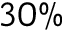
3 0 \%